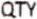
QTY